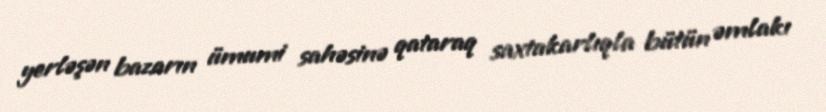
yerləşən bazarın ümumi sahəsinə qataraq saxtakarlıqla bütün əmlakı